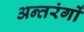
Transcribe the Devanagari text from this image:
अन्तरंगों